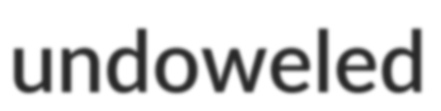
undoweled